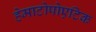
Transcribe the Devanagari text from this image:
हेमाटोपोएटिक